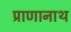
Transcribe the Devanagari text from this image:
प्राणानाथ